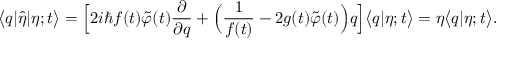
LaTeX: \bigl < q | \hat { \eta } | \eta ; t \bigr > = \Bigl [ 2 i \hbar f ( t ) \tilde { \varphi } ( t ) \frac { \partial } { \partial q } + \Bigl ( \frac { 1 } { f ( t ) } - 2 g ( t ) \tilde { \varphi } ( t ) \Bigr ) q \Bigr ] \bigl < q | \eta ; t \bigr > = \eta \bigl < q | \eta ; t \bigr > .